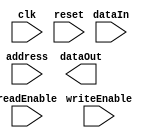
module MemoryBlock(input wire clk,
                   input wire reset,
                   input wire [15:0] address,
                   input wire [63:0] dataIn,
                   output reg [63:0] dataOut,
                   input wire writeEnable,
                   input wire readEnable);

   // Memory block implementation here
   
endmodule